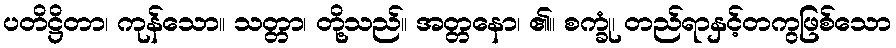
ပတိဋ္ဌိတာ၊ ကုန်သော။ သတ္တာ၊ တို့သည်။ အတ္တနော၊ ၏။ စက္ခုံ၊ တည်ရာနှင့်တကွဖြစ်သော